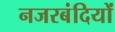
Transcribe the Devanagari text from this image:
नजरबंदियों